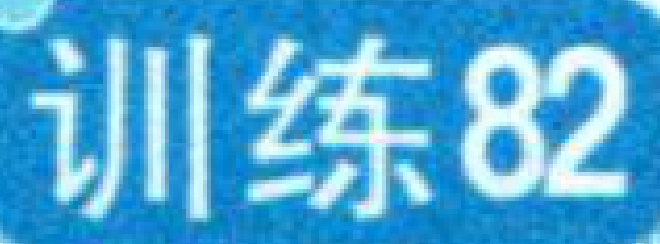
训练82